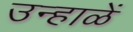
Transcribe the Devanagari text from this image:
उन्हाळें